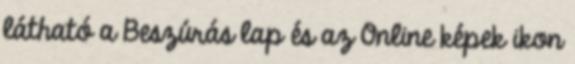
látható a Beszúrás lap és az Online képek ikon